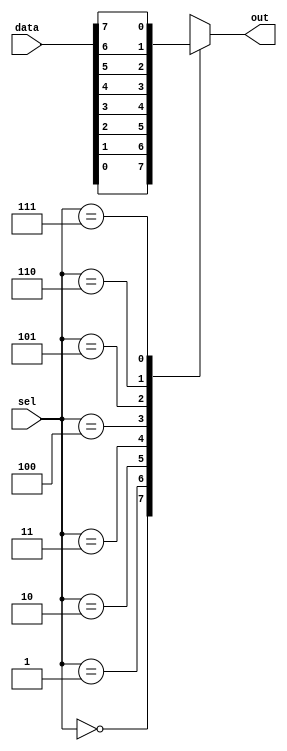
module mux8to1(input [7:0] data,
               input [2:0] sel,
               output reg out);

always @*
begin
    case(sel)
        3'b000: out = data[0];
        3'b001: out = data[1];
        3'b010: out = data[2];
        3'b011: out = data[3];
        3'b100: out = data[4];
        3'b101: out = data[5];
        3'b110: out = data[6];
        3'b111: out = data[7];
        default: out = 1'b0; // Default value in case of invalid select signal
    endcase
end

endmodule